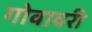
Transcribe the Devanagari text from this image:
गोवावरी